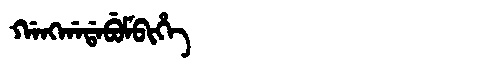
Manchu: ᡤᠠᠩᡤᠠᡩᠠᠪᡠᠮᠪᡳᡥᡝ
Romanization: GANGGADABUMBIHE